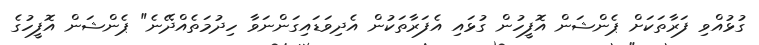
ގުޅުއްވި ފަރާތަކަށް ޕެންޝަން އޮފީހުން ގުޅައި އެފަރާތަކުން އެދިވަޑައިގަންނަވާ ހިދުމަތެއްދޭނެ" ޕެންޝަން އޮފީހުގެ